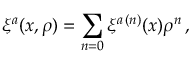
\xi ^ { a } ( x , \rho ) = \sum _ { n = 0 } \xi ^ { a \, ( n ) } ( x ) \rho ^ { n } \, ,